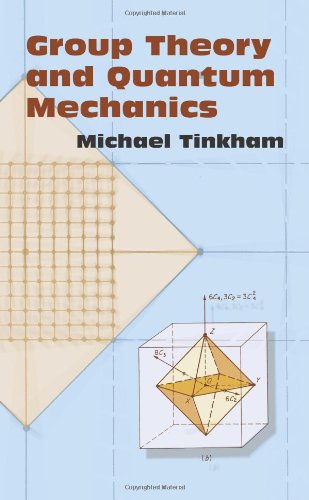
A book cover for Group Theory and Quantum Mechanics (Dover Books on Chemistry); Michael Tinkham; Science & Math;